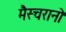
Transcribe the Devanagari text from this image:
मैस्चरानो